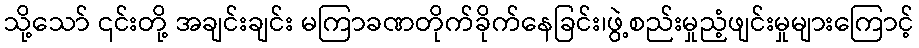
သို့သော် ၎င်းတို့ အချင်းချင်း မကြာခဏတိုက်ခိုက်နေခြင်း၊ဖွဲ့စည်းမှုညံ့ဖျင်းမှုများကြောင့်